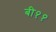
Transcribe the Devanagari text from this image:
बी११